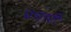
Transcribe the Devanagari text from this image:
प्रचारी